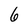
Character: 6